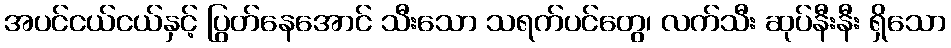
အပင်ငယ်ငယ်နှင့် ပြွတ်နေအောင် သီးသော သရက်ပင်တွေ၊ လက်သီး ဆုပ်နီးနီး ရှိသော